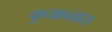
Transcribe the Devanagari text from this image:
कुयान्तास